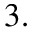
3 .